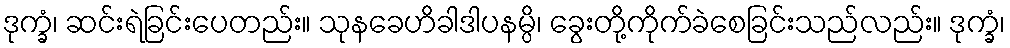
ဒုက္ခံ၊ ဆင်းရဲခြင်းပေတည်း။ သုနခေဟိခါဒါပနမ္ပိ၊ ခွေးတို့ကိုက်ခဲစေခြင်းသည်လည်း။ ဒုက္ခံ၊